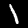
Label: 1